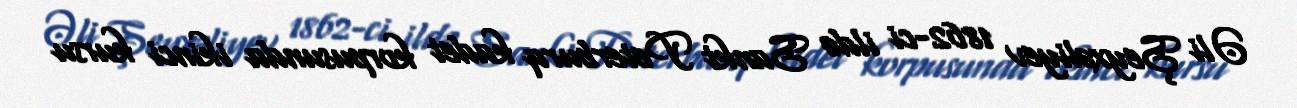
Əli Şeyxəliyev 1862-ci ildə Sankt Peterburq kadet korpusunda ikinci kursu